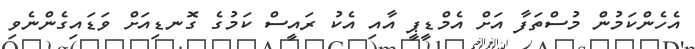
އެހެންކަމުން މުސްތަފާ އަށް އެމްޑީޕީ އާއި އެކު ރައީސް ކަމުގެ ގޮނޑިއަށް ވަޑައިގެންނެވި